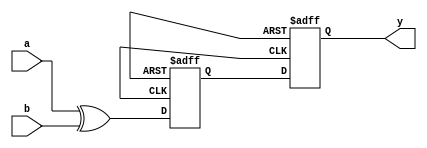
module xor_gate_delay (
    input wire a,
    input wire b,
    output reg y
);

reg x;

always @ (posedge clk or negedge rst) begin
    if (!rst) begin
        x <= 1'b0;
        y <= 1'b0;
    end else begin
        x <= a ^ b;
        #10; // introduce delay of 10 time units
        y <= x;
    end
end

endmodule